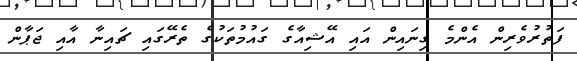
ފަތުރުވެރިން އެންމެ ގިނައިން އައި އޭޝިއާގެ ގައުމުތަކުގެ ތެރޭގައި ޗައިނާ އާއި ޖަޕާން